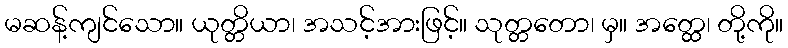
မဆန့်ကျင်သော။ ယုတ္တိယာ၊ အသင့်အားဖြင့်။ သုတ္တတော၊ မှ။ အတ္ထေ၊ တို့ကို။